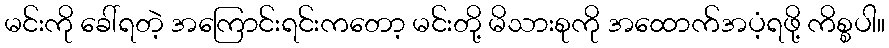
မင်းကို ခေါ်ရတဲ့ အကြောင်းရင်းကတော့ မင်းတို့ မိသားစုကို အထောက်အပံ့ရဖို့ ကိစ္စပါ။